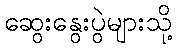
ဆွေးနွေးပွဲများသို့